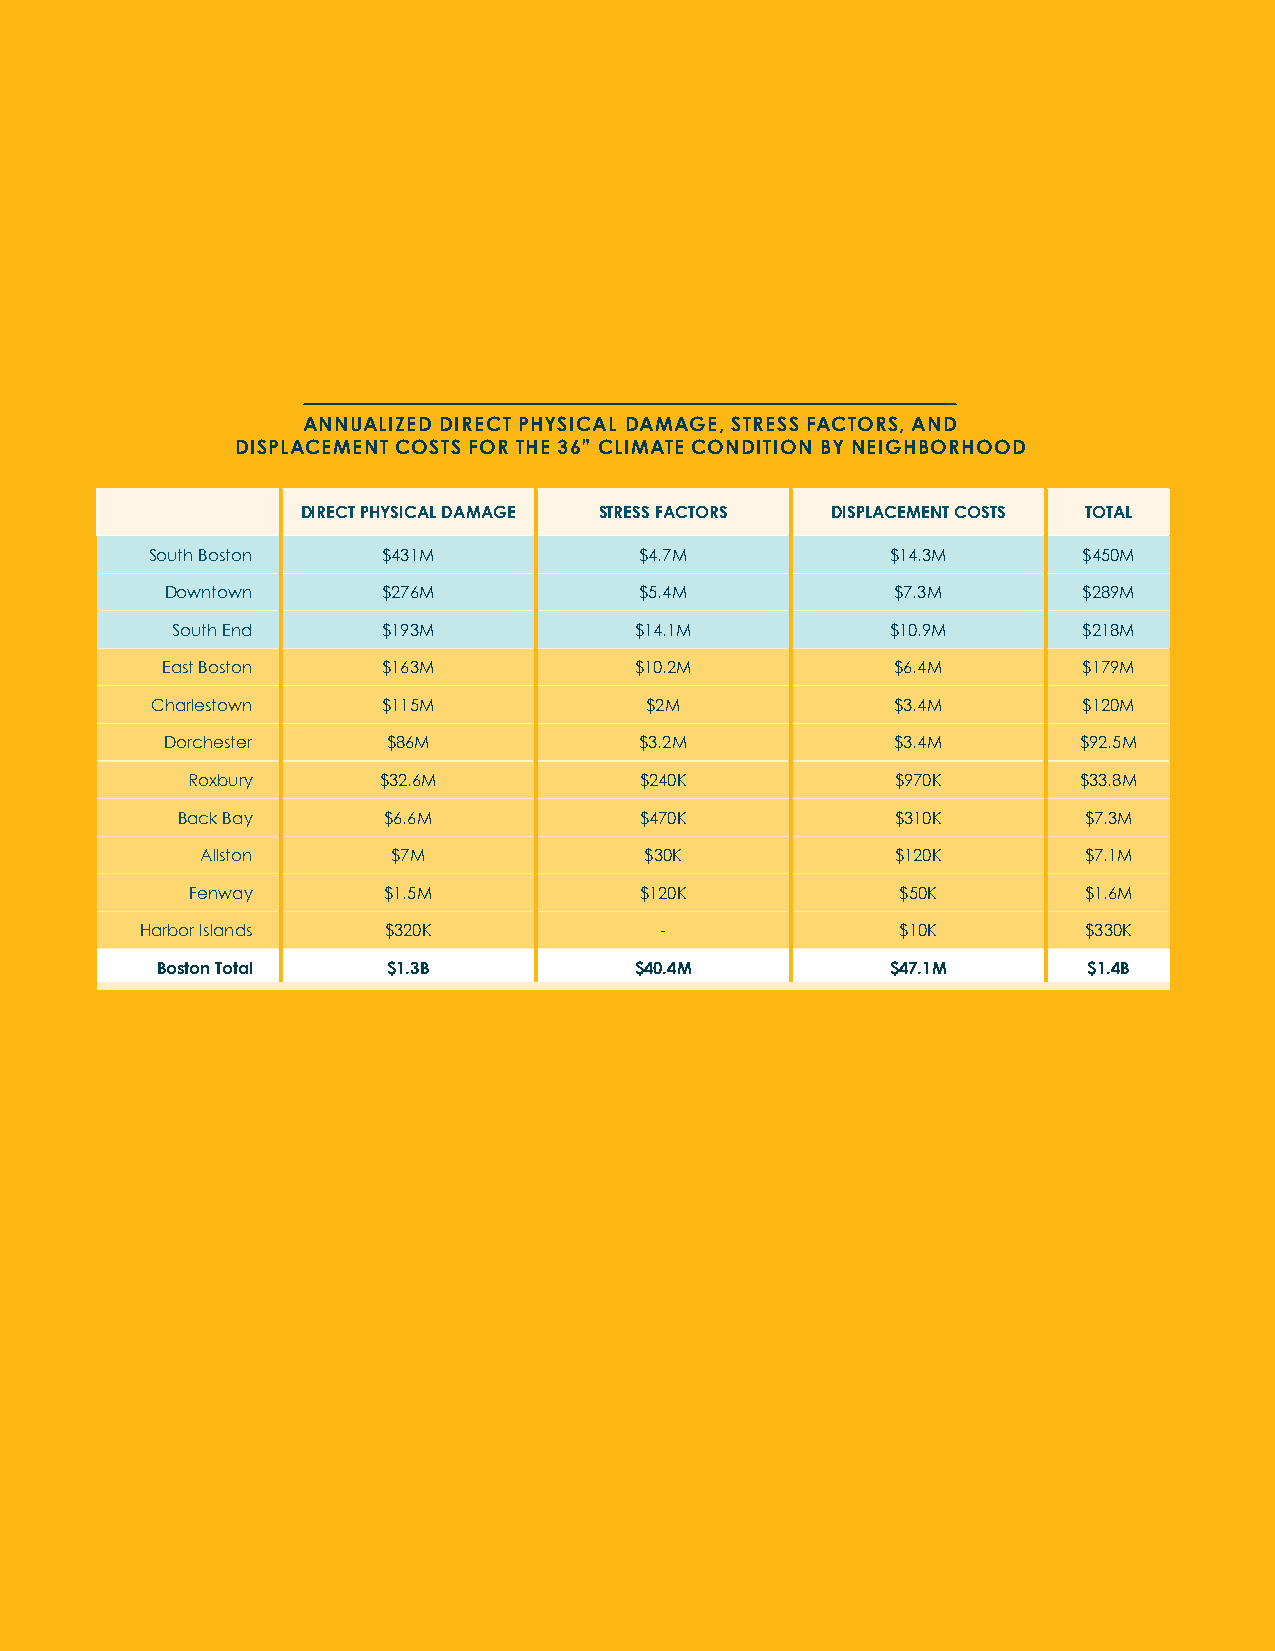
ANNUALIZED DIRECT PHYSICAL DAMAGE, STRESS FACTORS, AND
 ANNUALIZED IMPACT TOTALS BY NEIGHBORHOOD AND CITYWIDE BUSINESS INTERRUPTION DISPLACEMENT COSTS FOR THE 36” CLIMATE CONDITION BY NEIGHBORHOOD
 9” SLR 21” SLR 36” SLR DIRECT PHYSICAL DAMAGE STRESS FACTORS DISPLACEMENT COSTS TOTAL
 % Boston % Boston % Boston South Boston $431M $4.7M        $14.3M       $450M
 Neighborhood $ Total $ Total $ Total
 Losses Losses Losses Downtown $276M       $5.4M            $7.3M        $289M
 South Boston $64.6M 48% $191M 37% $450M 27% South End $193M $14.1M $10.9M $218M
 East Boston   $163M            $10.2M           $6.4M        $179M
 Downtown $44M 31% $104M 20% $289M 17%
 Charlestown    $115M             $2M             $3.4M        $120M
 East Boston $13.3M 8% $87.1M 17% $179M 11%
 Dorchester     $86M            $3.2M            $3.4M        $92.5M
 Charlestown $8.9M 6% $42.8M 8% $120M 7%
 Roxbury      $32.6M           $240K            $970K        $33.8M
 Dorchester $6.2M 4% $26.9M 5% $92.5M 6%
 Back Bay     $6.6M            $470K            $310K        $7.3M
 South End $27k <1% $2.2M <1% $218M 13% Allston $7M $30K    $120K        $7.1M
 Fenway      $1.5M            $120K             $50K        $1.6M
 Roxbury <$1k <1% $189K <1% $33.8M 2%
 Harbor Islands  $320K              -               $10K        $330K
 Back Bay <$1k <1% $72K <1% $7.4M <1%
 Boston Total    $1.3B           $40.4M           $47.1M       $1.4B
 Allston <$1k <1% $254K <1% $7.1M <1%
 Fenway/Kenmore <$1k <1% <$1k <1% $1.6M <1%
 Harbor Islands $252k <1% $284K <1% $328K <1%
 Citywide Business
 $19.7M 13% $63.8M 12% $283M 17%
 Interruption
 Boston Total $157M $518M $1.68B
 Note: Values consider only present-day people and structures currently located within the projected fl ood area
 68 City of Boston: Climate Ready Boston                  Climate Vulnerability Assessment 69